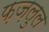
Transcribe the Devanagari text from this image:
फ़ज़लुल